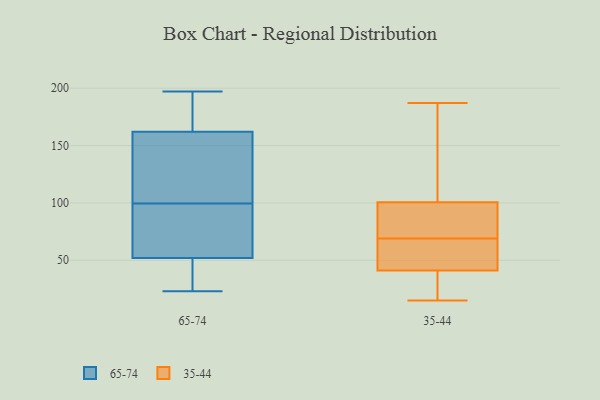
{"axis": {"x": "Production Output", "y": "Value"}, "legend": ["35-44", "65-74"], "data": [{"x": "", "y": 23, "type": "65-74"}, {"x": "", "y": 197, "type": "65-74"}, {"x": "", "y": 105, "type": "65-74"}, {"x": "", "y": 94, "type": "65-74"}, {"x": "", "y": 162, "type": "65-74"}, {"x": "", "y": 52, "type": "65-74"}, {"x": "", "y": 28, "type": "65-74"}, {"x": "", "y": 55, "type": "65-74"}, {"x": "", "y": 185, "type": "65-74"}, {"x": "", "y": 111, "type": "65-74"}, {"x": "", "y": 15, "type": "35-44"}, {"x": "", "y": 43, "type": "35-44"}, {"x": "", "y": 58, "type": "35-44"}, {"x": "", "y": 101, "type": "35-44"}, {"x": "", "y": 32, "type": "35-44"}, {"x": "", "y": 147, "type": "35-44"}, {"x": "", "y": 41, "type": "35-44"}, {"x": "", "y": 96, "type": "35-44"}, {"x": "", "y": 131, "type": "35-44"}, {"x": "", "y": 40, "type": "35-44"}, {"x": "", "y": 160, "type": "35-44"}, {"x": "", "y": 52, "type": "35-44"}, {"x": "", "y": 81, "type": "35-44"}, {"x": "", "y": 25, "type": "35-44"}, {"x": "", "y": 99, "type": "35-44"}, {"x": "", "y": 187, "type": "35-44"}, {"x": "", "y": 84, "type": "35-44"}, {"x": "", "y": 69, "type": "35-44"}, {"x": "", "y": 41, "type": "35-44"}]}